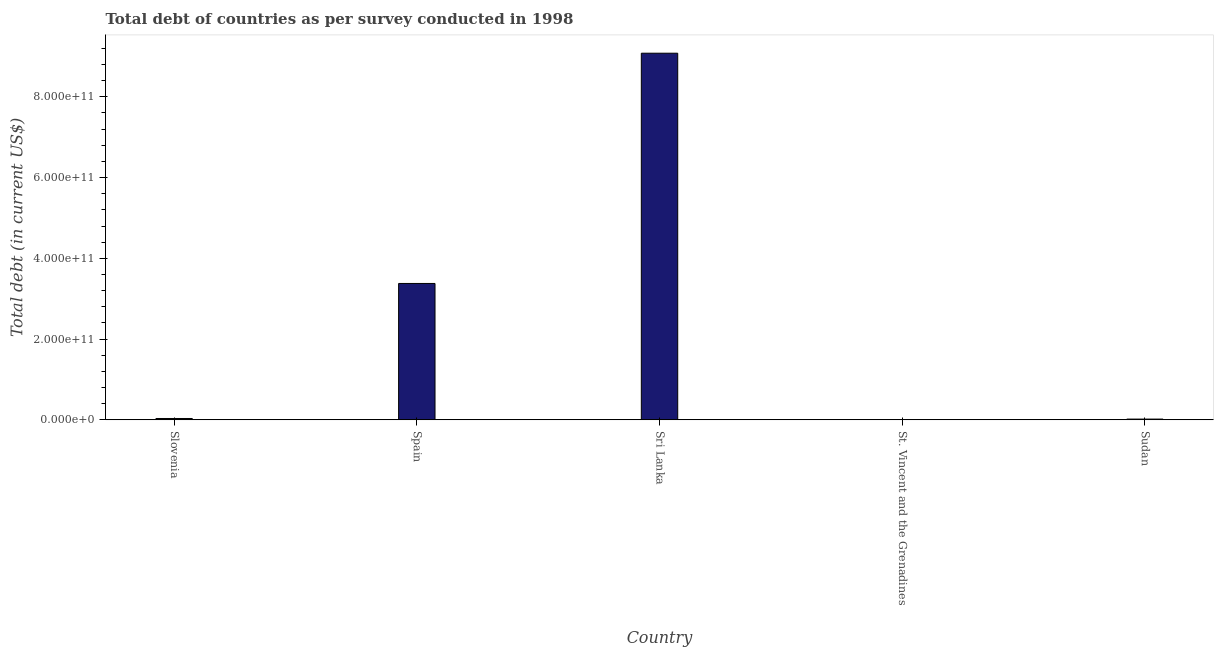
| Country | Central government debt |
 | --- | --- |
 | Slovenia | 3.24e+09 |
 | Spain | 3.38e+11 |
 | Sri Lanka | 9.08e+11 |
 | St. Vincent and the Grenadines | 4.04e+08 |
 | Sudan | 1.78e+09 |